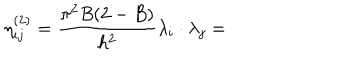
LaTeX: \eta _ { i j } ^ { ( 2 ) } = \frac { \pi ^ { 2 } B ( 2 - B ) } { h ^ { 2 } } \lambda _ { i } \cdot \lambda _ { j } =